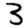
Digit: 3